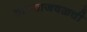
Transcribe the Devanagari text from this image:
ठाण्याजवळची